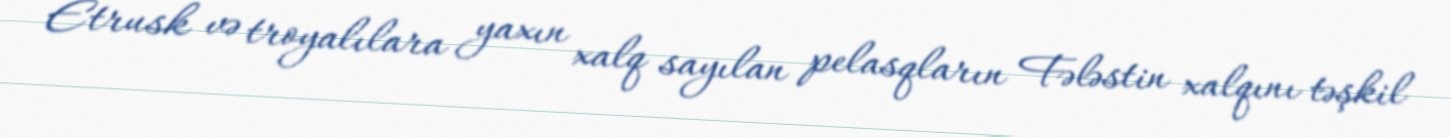
Etrusk və troyalılara yaxın xalq sayılan pelasqların Fələstin xalqını təşkil